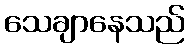
သေချာနေသည်